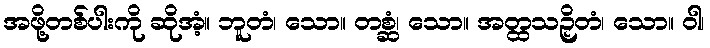
အဖို့တစ်ပါးကို ဆိုအံ့။ ဘူတံ၊ သော။ တစ္ဆံ၊ သော။ အတ္ထသဉှိတံ၊ သော။ ဝါ၊